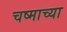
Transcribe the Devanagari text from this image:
चष्माच्या